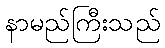
နာမည်ကြီးသည်